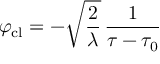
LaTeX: \varphi _ { \mathrm { c l } } = - \sqrt { \frac { 2 } { \lambda } } \, { \frac { 1 } { \tau - \tau _ { 0 } } }